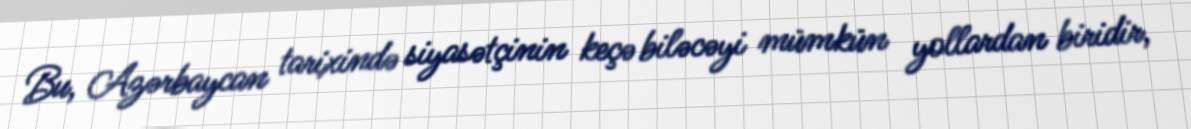
Bu, Azərbaycan tarixində siyasətçinin keçə biləcəyi mümkün yollardan biridir,